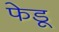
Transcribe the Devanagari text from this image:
फेडू